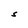
Character: S